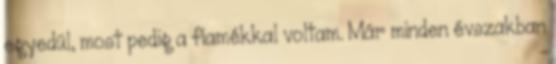
egyedül, most pedig a fiamékkal voltam. Már minden évszakban